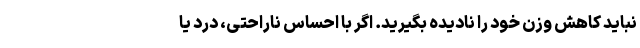
نباید کاهش وزن خود را نادیده بگیرید. اگر با احساس ناراحتی، درد یا